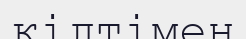
кілтімен